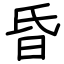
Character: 昏